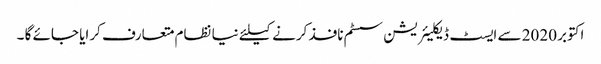
اکتوبر 2020 سے ایسٹ ڈیکلیئریشن سسٹم نافذ کرنے کیلئے نیا نظام متعارف کرایا جائے گا ۔